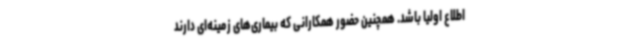
اطلاع اولیا باشد. همچنین حضور همکارانی که بیماری‌های زمینه‌ای دارند